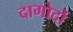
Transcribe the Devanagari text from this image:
दागोर्दो